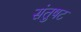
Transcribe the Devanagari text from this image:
संतुषट